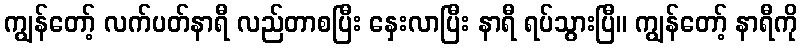
ကျွန်တော့် လက်ပတ်နာရီ လည်တာစပြီး နှေးလာပြီး နာရီ ရပ်သွားပြီ။ ကျွန်တော့် နာရီကို